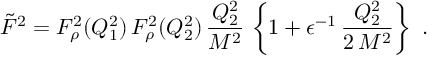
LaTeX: \tilde { F } ^ { 2 } = F _ { \rho } ^ { 2 } ( Q _ { 1 } ^ { 2 } ) \, F _ { \rho } ^ { 2 } ( Q _ { 2 } ^ { 2 } ) \, \frac { Q _ { 2 } ^ { 2 } } { M ^ { 2 } } \, \left\{ 1 + \epsilon ^ { - 1 } \, \frac { Q _ { 2 } ^ { 2 } } { 2 \, M ^ { 2 } } \right\} \ .